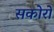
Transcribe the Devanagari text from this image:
सकोरों